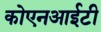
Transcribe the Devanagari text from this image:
कोएनआईटी